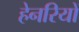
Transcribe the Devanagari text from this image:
हेनरियों